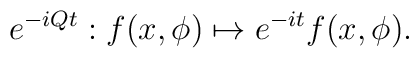
e^{-iQt} : f(x,\phi) \mapsto e^{-it} f(x,\phi).